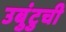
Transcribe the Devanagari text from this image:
उबुंटुची